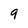
Character: 9